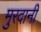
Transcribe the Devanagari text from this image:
मुरदानी